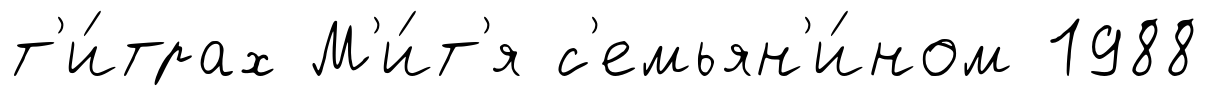
т'и́трах М'и́т'я с'емьян'и́ном 1988